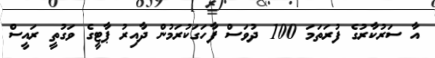
އާ ސަރުކާރުގެ ފުރަތަމަ 100 ދުވަސް ފާހަގަކުރަމުން ދާއިރު ޕާޓީގެ ވަގުތީ ރައީސް